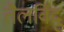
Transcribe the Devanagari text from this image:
तैलविंदु